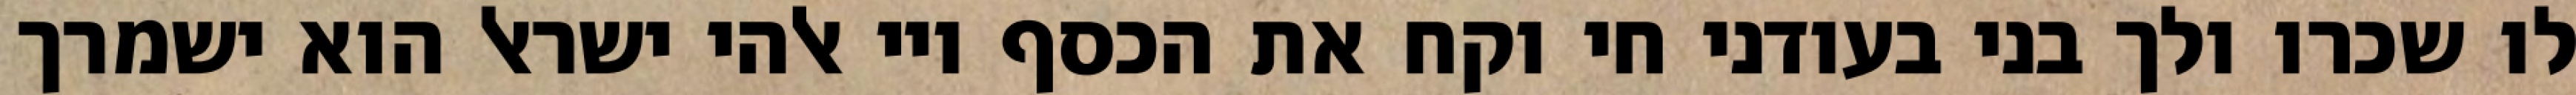
לו שכרו ולך בני בעודני חי וקח את הכסף ויי אלהי ישראל הוא ישמרך